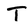
Character: T